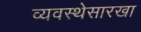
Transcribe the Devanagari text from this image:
व्यवस्थेसारखा